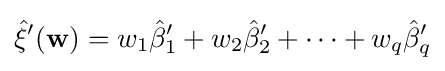
{\hat {\xi }}'(\mathbf {w} )=w_{1}{\hat {\beta }}_{1}'+w_{2}{\hat {\beta }}_{2}'+\dots +w_{q}{\hat {\beta }}_{q}'